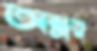
অল্পত্ব